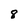
Character: 8